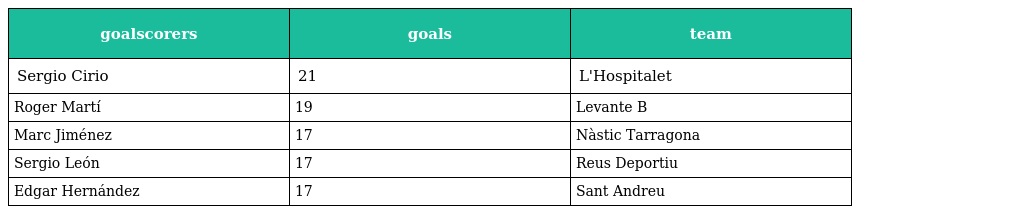
| goalscorers | goals | team |
 | --- | --- | --- |
 | Sergio Cirio | 21 | L'Hospitalet |
 | Roger Martí | 19 | Levante B |
 | Marc Jiménez | 17 | Nàstic Tarragona |
 | Sergio León | 17 | Reus Deportiu |
 | Edgar Hernández | 17 | Sant Andreu |